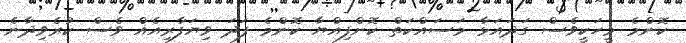
ކޮންމެ މީހަކީވެސް ގަދައަޅާ މަސައްކަތް ކޮށްފިއްޔާ ކޮންމެ ފަދަ ވިޔަފާރިއެއް ވެސް ކުރެވިދާނެ